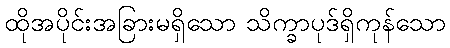
ထိုအပိုင်းအခြားမရှိသော သိက္ခာပုဒ်ရှိကုန်သော